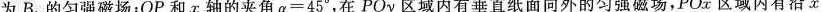
为B_{0}的匀强磁场；OP和x轴的夹角$$\alpha =45^{\circ}$$，在POy区域内有垂直纸面向外的匀强磁场，POx区域内有沿x